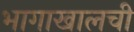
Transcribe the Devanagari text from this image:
भागाखालची